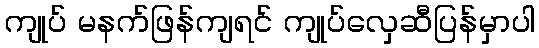
ကျုပ် မနက်ဖြန်ကျရင် ကျုပ်လှေဆီပြန်မှာပါ